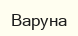
Варуна